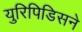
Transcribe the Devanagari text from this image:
युरिपिडिसने